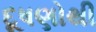
દૂષણોથી